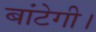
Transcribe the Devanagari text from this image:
बांटेगी।